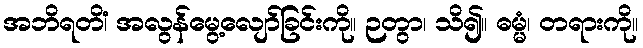
အဘိရတိံ၊ အလွန်မွေ့လျော်ခြင်းကို။ ဉတွာ၊ သိ၍။ ဓမ္မံ၊ တရားကို။